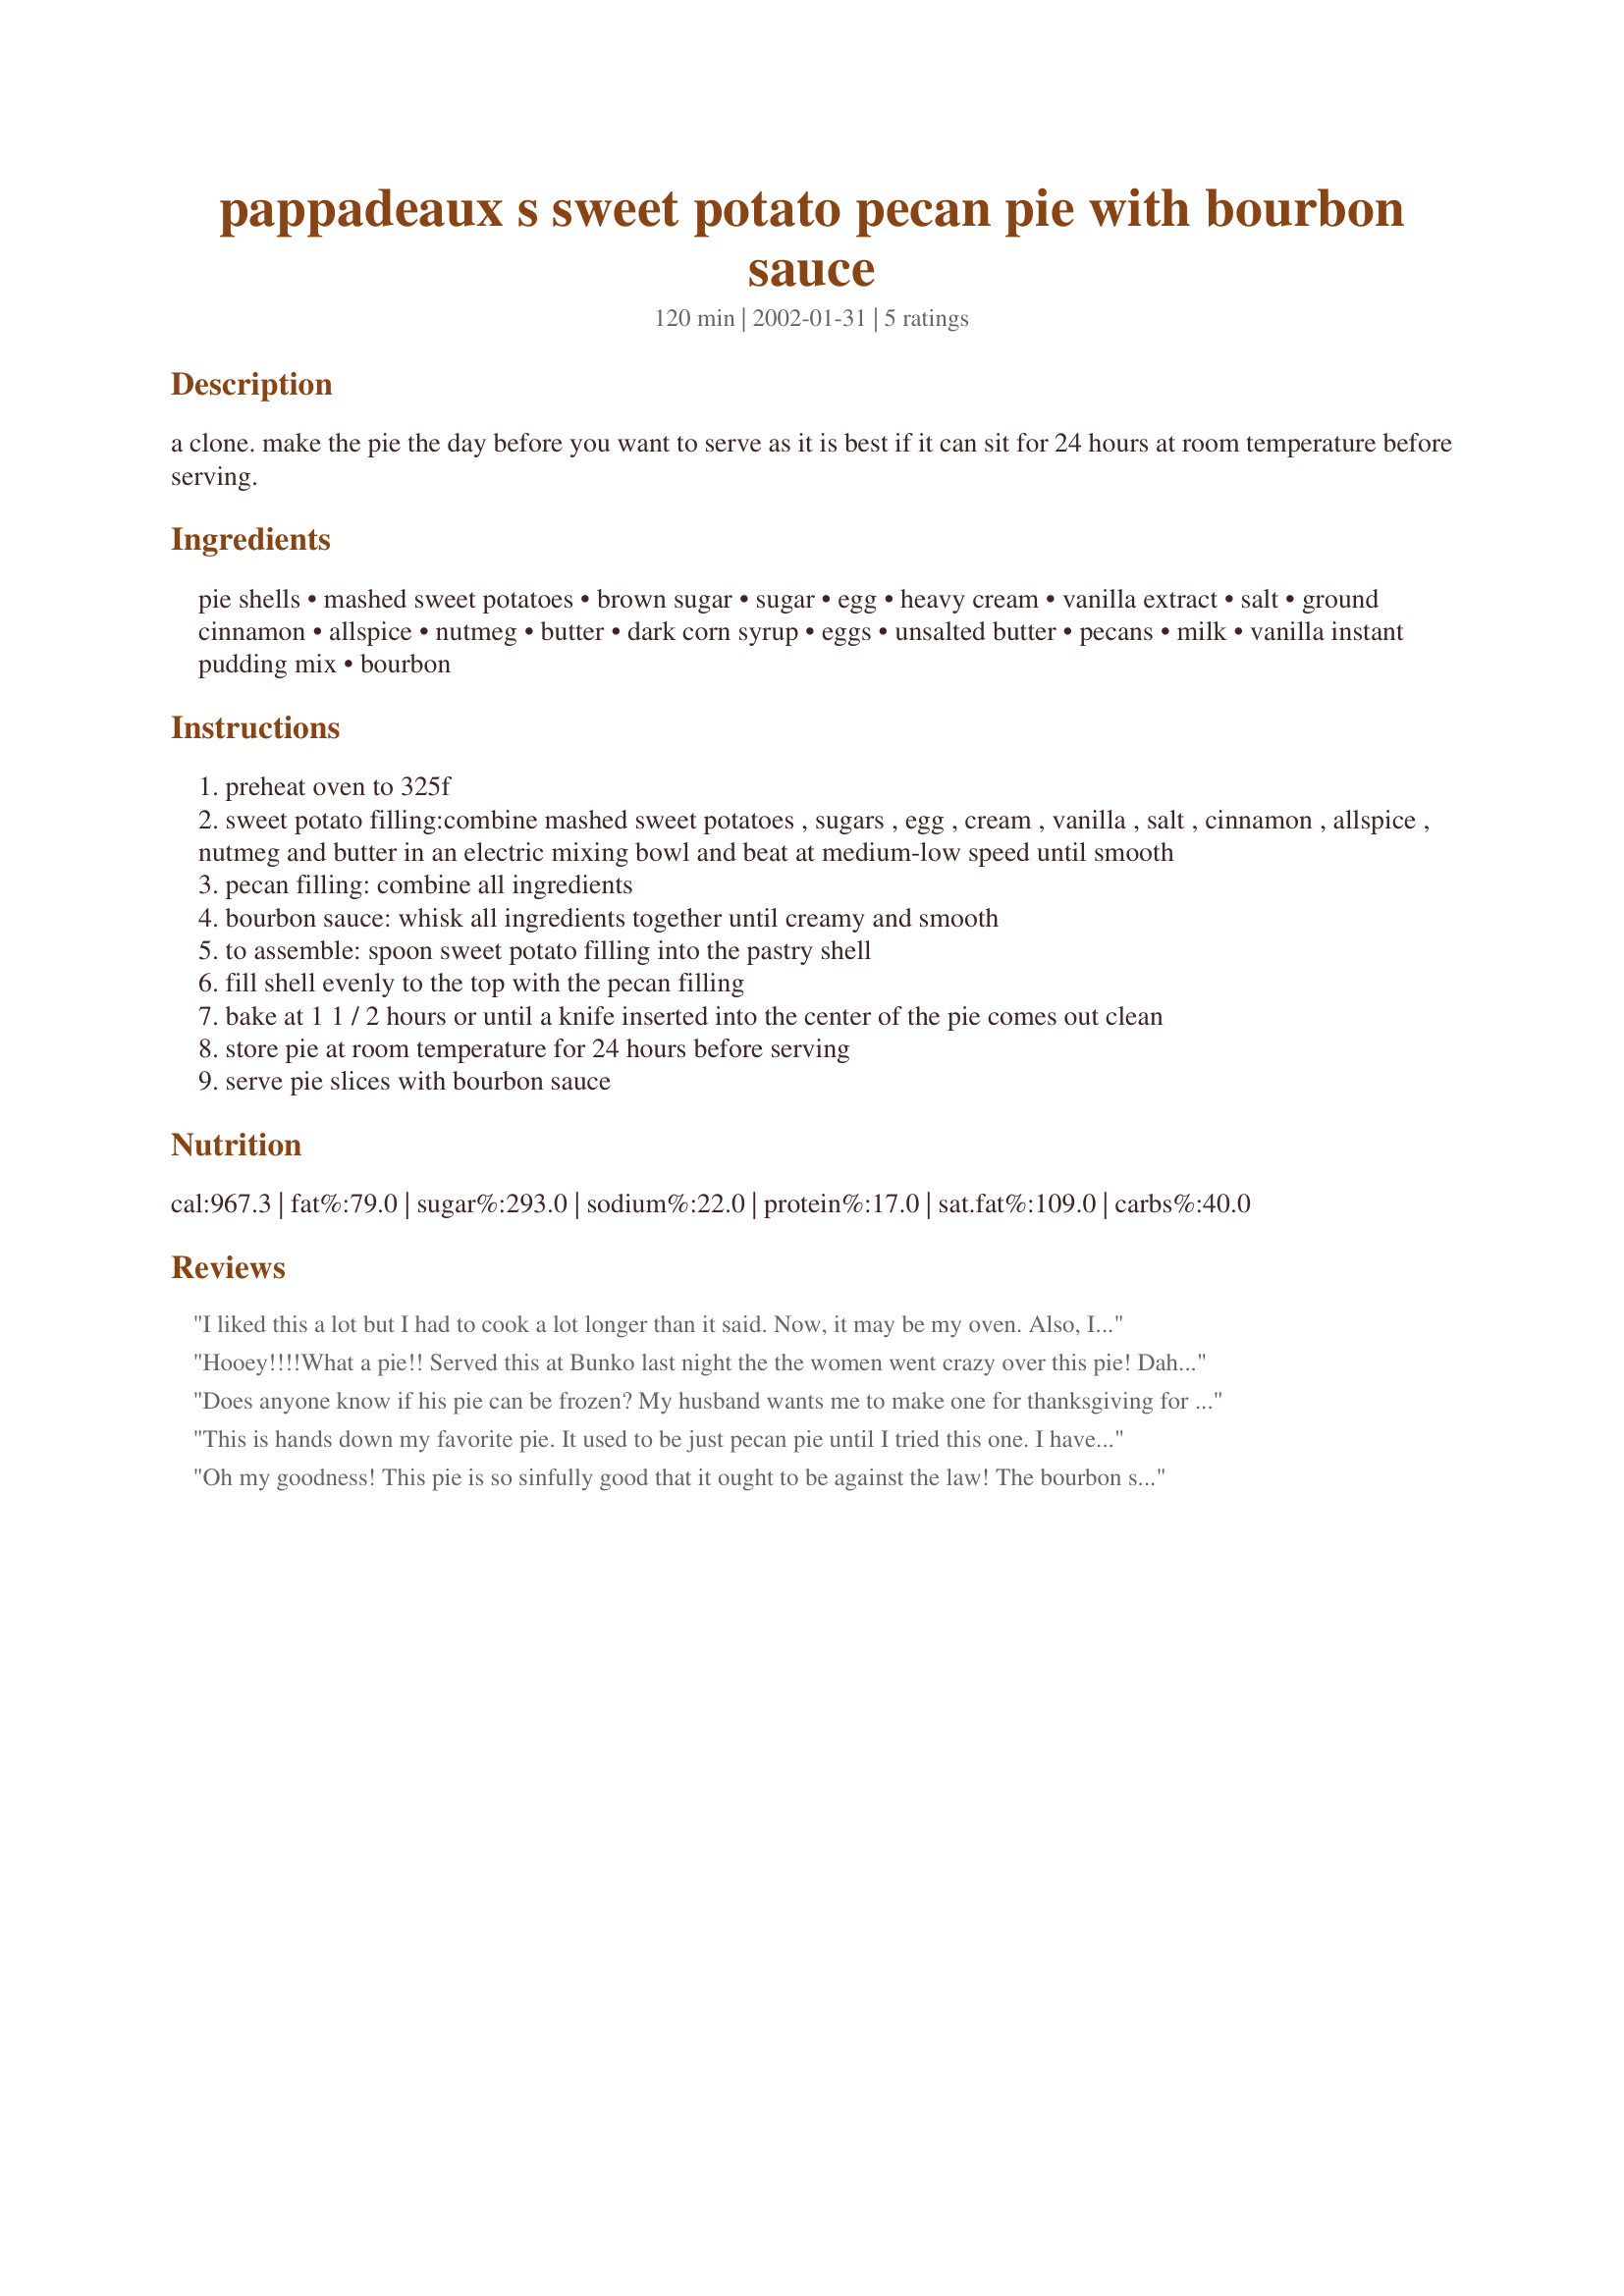
pappadeaux s sweet potato pecan pie with bourbon sauce
Preparation time: 120 minutes

a clone. make the pie the day before you want to serve as it is best if it can sit for 24 hours at room temperature before serving.

Ingredients:
pie shells, mashed sweet potatoes, brown sugar, sugar, egg, heavy cream, vanilla extract, salt, ground cinnamon, allspice, nutmeg, butter, dark corn syrup, eggs, unsalted butter, pecans, milk, vanilla instant pudding mix, bourbon

Steps:
preheat oven to 325f
sweet potato filling:combine mashed sweet potatoes , sugars , egg , cream , vanilla , salt , cinnamon , allspice , nutmeg and butter in an electric mixing bowl and beat at medium-low speed until smooth
pecan filling: combine all ingredients
bourbon sauce: whisk all ingredients together until creamy and smooth
to assemble: spoon sweet potato filling into the pastry shell
fill shell evenly to the top with the pecan filling
bake at 1 1 / 2 hours or until a knife inserted into the center of the pie comes out clean
store pie at room temperature for 24 hours before serving
serve pie slices with bourbon sauce

Reviews:
I liked this a lot but I had to cook a lot longer than it said. Now, it may be my oven. Also, I would use a much deeper pie dish since the 9" seemed too full! Really good though.
Hooey!!!!What a pie!! Served this at Bunko last night the the women went crazy over this pie! Dahling had some after all the girls were gone and he rated it an "Ummmm!". I thought that it would be time consuming to put together, but it went smoothly. I had a Cajun theme and this was one of the desserts (the other was a wonderful bread pudding)-they were both hits! I did not have time to make the bourbon sauce, however I substituted a vanilla flavored whipped cream (the "real" stuff!)
Definitely not low cal, but.....
Thanks a bunch!
Does anyone know if his pie can be frozen? My husband wants me to make one for thanksgiving for the guys at work and it will have to be madr a little over a week ahead of time.
This is hands down my favorite pie. It used to be just pecan pie until I tried this one. I have had the original from Pappadeaux, and this is just like it. Superb!
Oh my goodness! This pie is so sinfully good that it ought to be against the law! The bourbon sauce is yummy. We had it on Thanksgiving this year and there wasn't so much as a crumb left.
